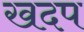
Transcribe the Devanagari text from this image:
खदप